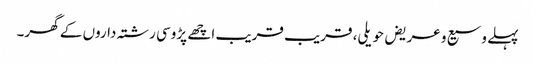
پہلے وسیع و عریض حویلی، قریب قریب اچھے پڑوسی رشتہ داروں کے گھر۔